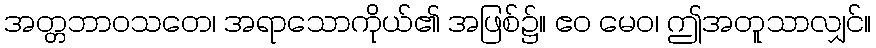
အတ္တဘာဝသတေ၊ အရာသောကိုယ်၏ အဖြစ်၌။ ဧဝ မေဝ၊ ဤအတူသာလျှင်။